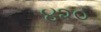
૪૨૦